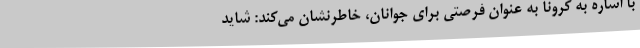
با اشاره به کرونا به عنوان فرصتی برای جوانان، خاطرنشان می‌کند: شاید